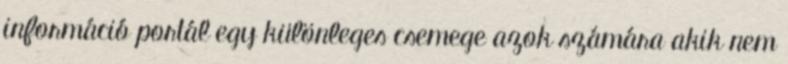
információ portál egy különleges csemege azok számára akik nem